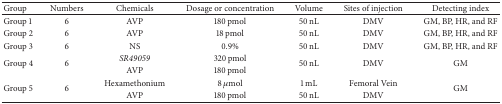
| Group | Numbers | Chemicals | Dosage or concentration | Volume | Sites of injection | Detecting index |
 | --- | --- | --- | --- | --- | --- | --- |
 | Group 1 | 6 | AVP | 180 pmol | 50 nL | DMV | GM, BP, HR, and RF |
 | Group 2 | 6 | AVP | 18 pmol | 50 nL | DMV | GM, BP, HR, and RF |
 | Group 3 | 6 | NS | 0.9% | 50 nL | DMV | GM, BP, HR, and RF |
 | <ROWSPAN=2> Group 4 | <ROWSPAN=2> 6 | SR49059 | 320 pmol | <ROWSPAN=2> 50 nL | <ROWSPAN=2> DMV | <ROWSPAN=2> GM |
 | AVP | 180 pmol |
 | <ROWSPAN=2> Group 5 | <ROWSPAN=2> 6 | Hexamethonium | 8 μmol | 1 mL | Femoral Vein | <ROWSPAN=2> GM |
 | AVP | 180 pmol | 50 nL | DMV |